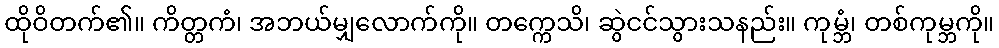
ထိုဝိတက်၏။ ကိတ္တကံ၊ အဘယ်မျှလောက်ကို။ တက္ကေသိ၊ ဆွဲငင်သွားသနည်း။ ကုမ္ဘံ၊ တစ်ကုမ္ဘကို။